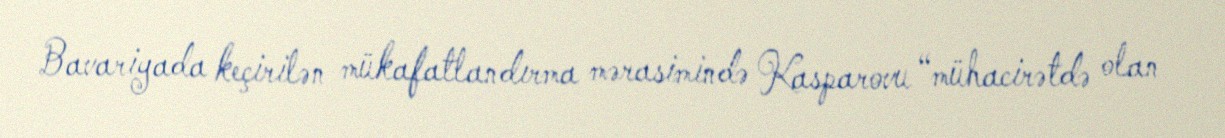
Bavariyada keçirilən mükafatlandırma mərasimində Kasparovu “mühacirətdə olan